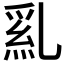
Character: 𠄂